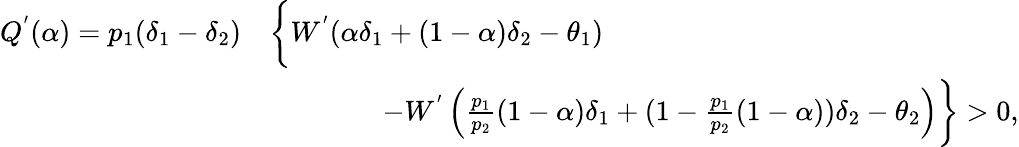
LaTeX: \begin{array}{rl}{Q^{'}(\alpha)=p_{1}(\delta_{1}-\delta_{2})}&{\bigg\{ W^{'}(\alpha\delta_{1}+(1-\alpha)\delta_{2}-\theta_{1})}\\ &{\qquad\qquad-W^{'}\left(\frac{p_{1}}{p_{2}}(1-\alpha)\delta_{1}+(1-\frac{p_{1}}{p_{2}}(1-\alpha))\delta_{2}-\theta_{2}\right)\bigg\} >0,}\end{array}